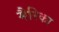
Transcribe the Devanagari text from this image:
मैरिका